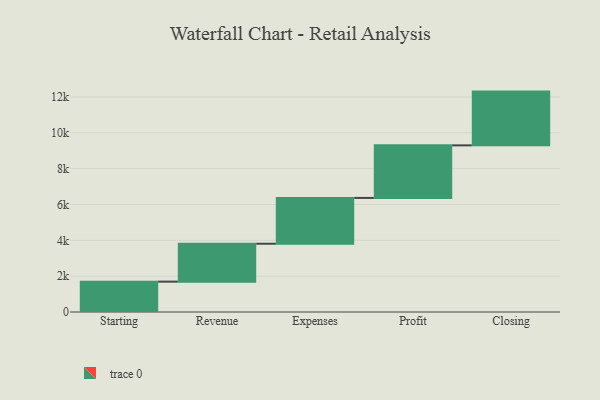
{"axis": {"x": "Step", "y": "Value"}, "legend": [""], "data": [{"x": "Starting", "y": 1695.0, "type": ""}, {"x": "Revenue", "y": 2115.0, "type": ""}, {"x": "Expenses", "y": 2557.0, "type": ""}, {"x": "Profit", "y": 2934.0, "type": ""}, {"x": "Closing", "y": 3000, "type": ""}]}